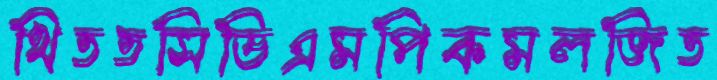
থিততসিডিএমপিকমলজিত